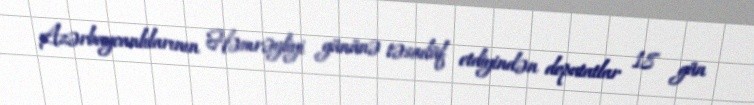
Azərbaycanlılarının Həmrəyliyi gününə təsadüf etdiyindən deputatlar 18 gün